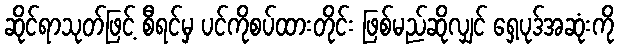
ဆိုင်ရာသုတ်ဖြင့် စီရင်မှ ပင်ကိုစပ်ထားတိုင်း ဖြစ်မည်ဆိုလျှင် ရှေ့ပုဒ်အဆုံးကို